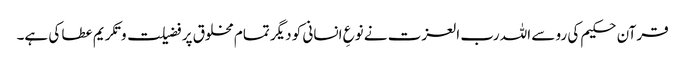
قرآن حکیم کی رو سے اللہ رب العزت نے نوعِ انسانی کو دیگر تمام مخلوق پر فضیلت و تکریم عطا کی ہے۔